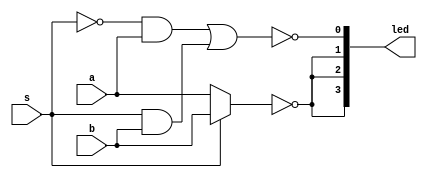
//********************************************************
//
//   Copyright(c)2016, STEP FPGA 
//   All rights reserved
//
//   Module name     :   mux21
//   Data            :   2016/08/22
//   Version         :   V1.0
//   Description     :   simplify 4 input circuit by mux21 maps
//
//   Modification history
//   ----------------------------------------------------------------------------
// Version       Data(2016/08/22)   V1.0
// Description    
//
//********************************************************
//
//
//*******************
//DEFINE MODULE PORT
//*******************

module mux21
(
	//INPUT
	a			,
	b			,
	s			,
	
	//OUTPUT
	led			
);
	//*******************
	//DEFINE INPUT
	//*******************
	input 		  a;
	input 		  b;
	input 		  s;
	
	//*******************
	//DEFINE OUTPUT
	//*******************
	output  [3:0]	led;
	
	wire			y1;
	reg				y2;
	reg				y3;
	wire			y4;
	
	//plan A, Combinational logic style
	assign y1=~s&a|s&b;		
	
	//plan B, using "always" and "if" 
	always @ (a,b,s)
	if(s==0)
		y2=a;
	else 
		y2=b;
		
	//plan C 
	always @ (*)
	if(s==0)
		y3=a;
	else 
		y3=b;
	
	//plan D
	assign y4=s?b:a;

	
	assign	led[0]=~y1;        				//led is low active
	assign	led[1]=~y2;
	assign	led[2]=~y3;
	assign	led[3]=~y4;
	
endmodule